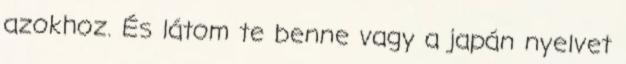
azokhoz. És látom te benne vagy a japán nyelvet